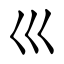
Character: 巛